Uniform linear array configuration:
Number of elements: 16
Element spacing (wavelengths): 1
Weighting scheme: cosine
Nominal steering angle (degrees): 30
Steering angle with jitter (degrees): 29.078
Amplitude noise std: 0.05
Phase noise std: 0.05

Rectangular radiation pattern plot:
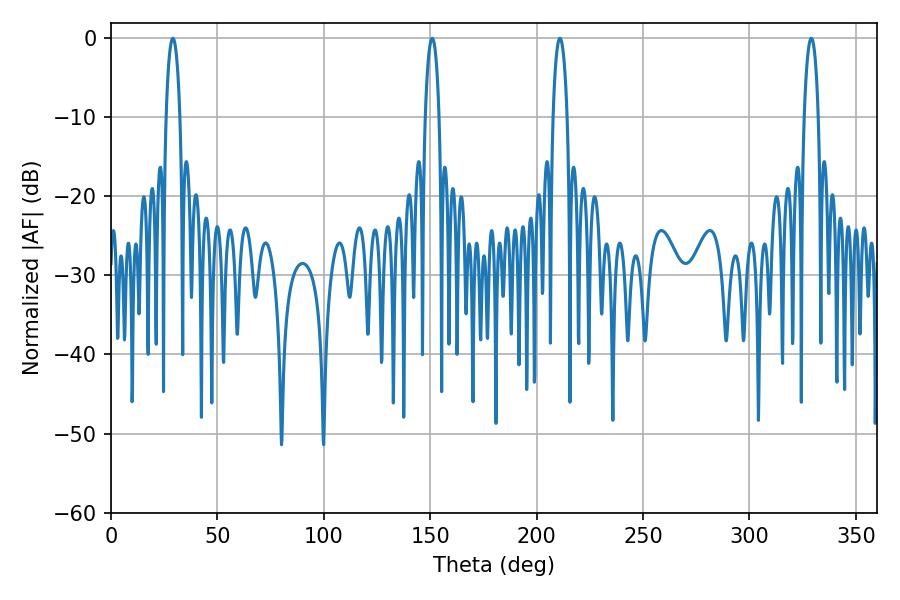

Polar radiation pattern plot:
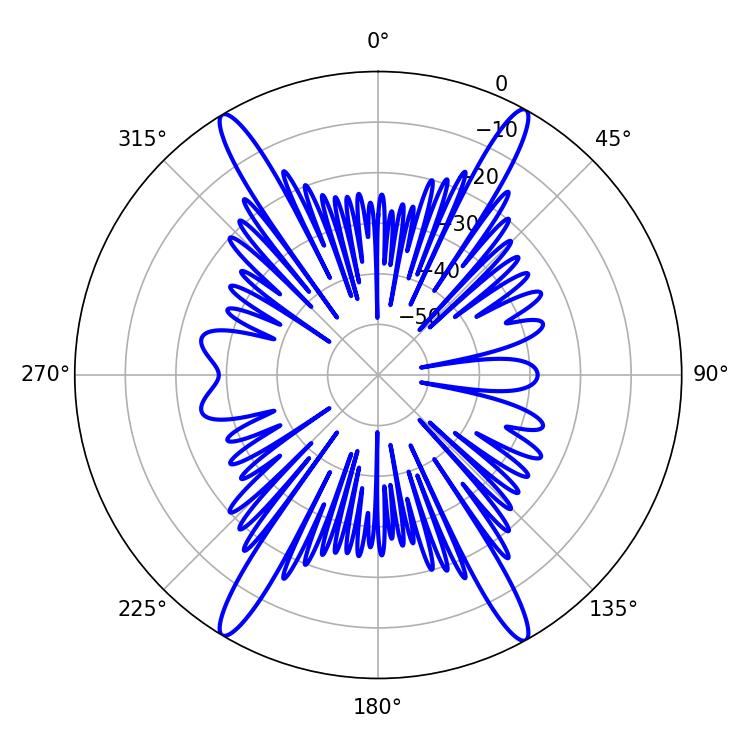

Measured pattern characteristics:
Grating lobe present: TRUE
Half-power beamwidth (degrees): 3.6
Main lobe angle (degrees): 329.04